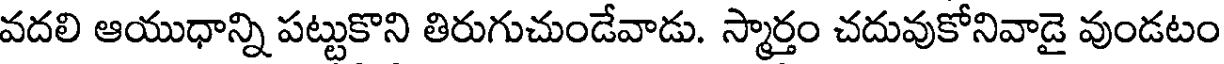
వదలి ఆయుధాన్ని పట్టుకొని తిరుగుచుండేవాడు. స్మార్తం చదువుకోనివాడై వుండటం